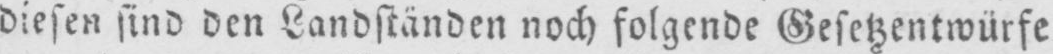
diesen sind den Landständen noch folgende Gesetzentwürfe